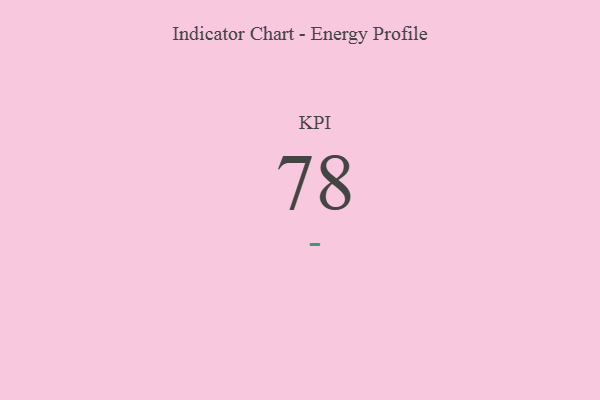
{"axis": {"x": "KPI", "y": "Value"}, "legend": [""], "data": [{"x": "KPI", "y": 78, "type": ""}]}